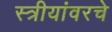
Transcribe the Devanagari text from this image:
स्त्रीयांवरचे